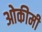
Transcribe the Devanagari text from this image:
ओकीमी